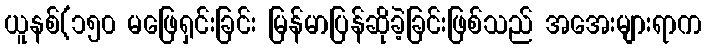
ယူနစ်(၁၅၀ မဖြေရှင်းခြင်း မြန်မာပြန်ဆိုခဲ့ခြင်းဖြစ်သည် အအေးများရာက